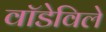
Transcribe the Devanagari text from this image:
वॉडेविले